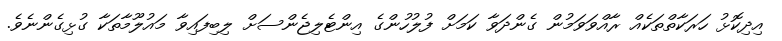
އިދިކޮޅު ހަރަކާތްތަކެއް ރާއްވަވަމުން ގެންދަވާ ކަމަށް ފުލުހުންގެ އިންޓެލިޖެންސަށް ލިބިފައިވާ މައުލޫމާތަކާ ގުޅިގެންނެވެ.